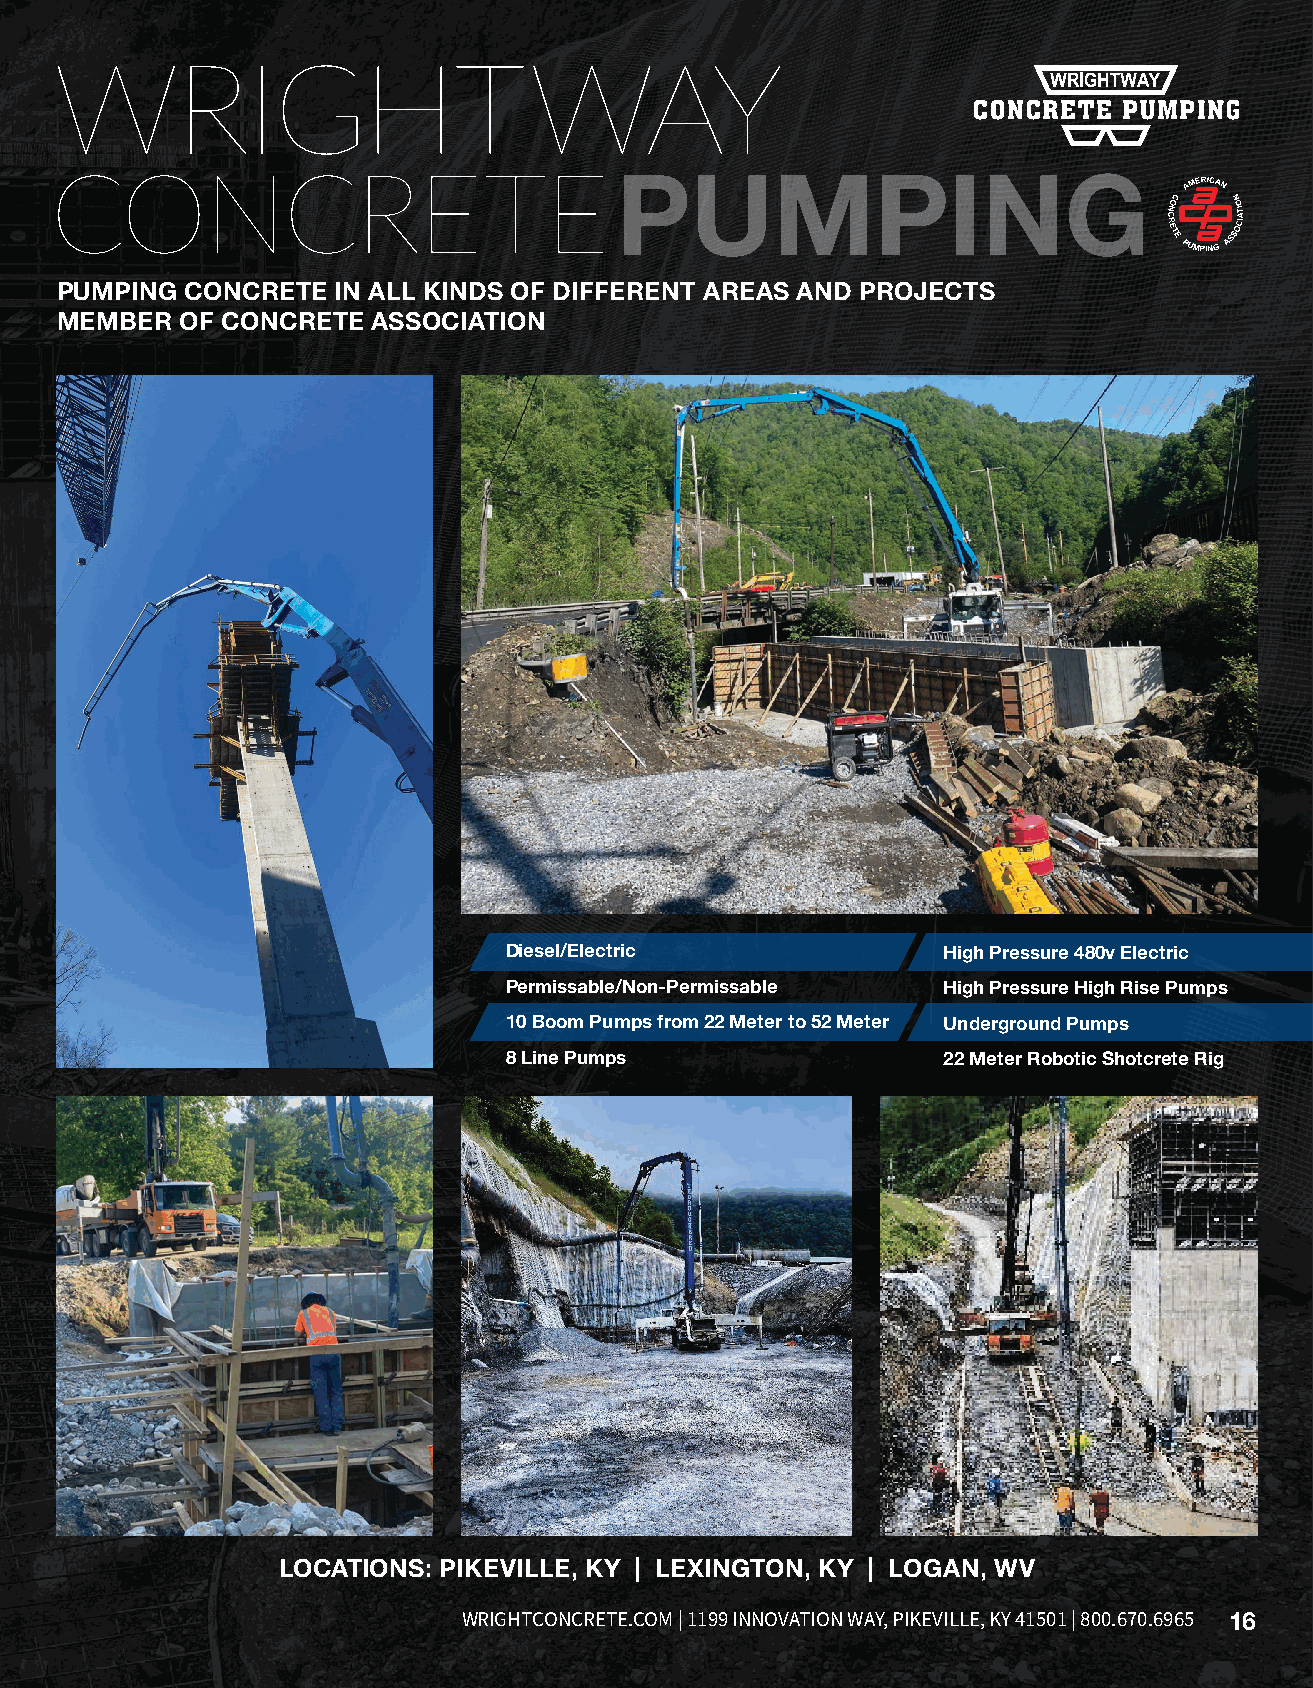
WRIGHTWAY
 CONCRETE                              PUMPING
 PUMPING CONCRETE  IN ALL KINDS OF DIFFERENT AREAS AND PROJECTS
 MEMBER  OF CONCRETE  ASSOCIATION
 The UPike project consisted of drilling and installation of 45 feet long steel beams for piling.
 Wooden beams were installed as wall lagging. We then drilled and installed over 56 tie back
 anchors up to 45 feet in depth.
 Diesel/Electric              High Pressure 480v Electric
 Permissable/Non-Permissable  High Pressure High Rise Pumps
 10 Boom Pumps from 22 Meter to 52 Meter Underground Pumps
 8 Line Pumps                 22 Meter Robotic Shotcrete Rig
 LOCATIONS: PIKEVILLE, KY | LEXINGTON, KY | LOGAN, WV
 CONSTRUCTION | BLOCK | TOLL-BLENDING | DRILLING | READY MIX | PUMPING | CONVEYORS | EQUIPMENT RENTAL WRIGHTCONCRETE.COM | 1199 INNOVATION WAY, PIKEVILLE, KY 41501 | 800.670.6965 16